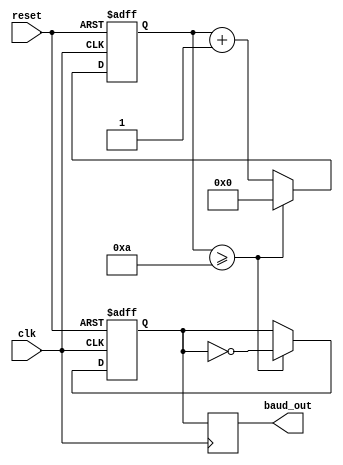
module baud_rate_generator #(
  parameter BAUD_RATE = 9600,
  parameter CLOCK_FREQ = 192000
) (
  input wire clk,
  input wire reset,
  output reg baud_out
);

  reg [15:0] count;
  reg baud_tick;

  always @(posedge clk or posedge reset) begin
    if (reset) begin
      count <= 0;
      baud_tick <= 0;
    end else begin
      count <= count + 1;
      if (count >= (CLOCK_FREQ / BAUD_RATE) / 2) begin
        baud_tick <= ~baud_tick;
        count <= 0;
      end else begin
        baud_tick <= baud_tick;
      end
    end
  end

  always @(posedge clk) begin
    baud_out <= baud_tick;
  end

endmodule